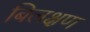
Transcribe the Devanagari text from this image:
बिलक्षण